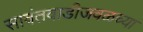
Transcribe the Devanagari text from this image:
सावंतवाडीजवळच्या